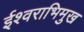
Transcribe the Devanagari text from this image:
ईश्वराभिमुख